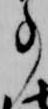
事